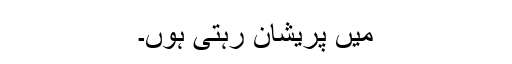
میں پریشان رہتی ہوں۔